Report on vaccination in Madras 1922-1929 - 1922-1929
Year: 1922
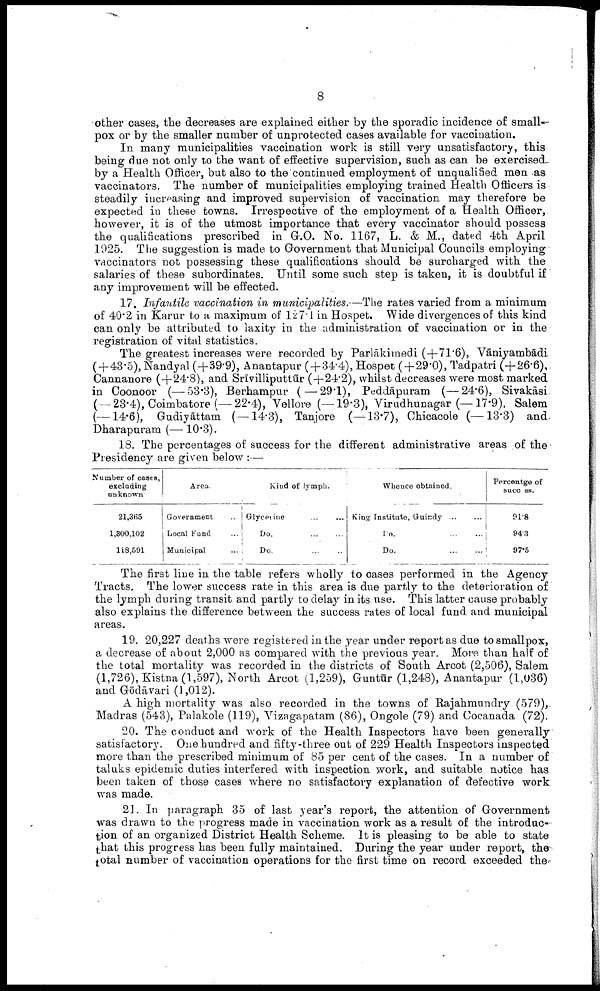
8
other cases, the decreases are explained either by the sporadic incidence of small
pox or by the smaller number of unprotected cases available for vaccination.
In many municipalities vaccination work is still very unsatisfactory, this
being due not only to the want of effective supervision, such as can be exercised
by a Health Officer, but also to the continued employment of unqualified men as
vaccinators. The number of municipalities employing trained Health Officers is
steadily increasing and improved supervision of vaccination may therefore be
expected in these towns. Irrespective of the employment of a Health Officer,
however, it is of the utmost importance that every vaccinator should possess
the qualifications prescribed in G.O. No. 1167, L. & M., dated 4th April
1925. The suggestion is made to Government that Municipal Councils employing
vaccinators not possessing these qualifications should be surcharged with the
salaries of these subordinates. Until some such step is taken, it is doubtful if
any improvement will be effected.
17. Infantile vaccination in municipalities.—The rates varied from a minimum
of 40.2 in Karur to a maximum of 127.1 in Hospet. Wide divergences of this kind
can only be attributed to laxity in the administration of vaccination or in the
registration of vital statistics.
The greatest increases were recorded by Parlākimedi (+71.6), Vāniyambādi
(+43.5),Nandyal ( + 39.9), Anantapur ( + 34.4), Hospet (+29.0), Tadpatri (+26.6),
Cannanore (+24.8), and Srīvilliputtūr (+24.2), whilst decreases were most marked
in Coonoor (—3.3), Berhampur (—9.1), Peddāpuram (—24.6), Sivakāsi
(-23.4), Coimbatore(-22.4), Vellore (-19.3), Virudhunagar (-17.9), Salem
(-14.6), Gudiyāttam (-14.3), Tanjore (-13.7), Chicacole (-13.3) and
Dharapuram (-10.3).
18. The percentages of success for the different administrative areas of the
Presidency are given below :—
Number of cases,
excluding
unknown
21,365
1,300,102
118,591
Area.
Government ...
Local Fund ...
Municipal ...
Kind of lymph.
Glycerine ... ...
Do.
...
...
Do. ... ...
Whence obtained.
King Institute, Guindy ... ...
Do.
...
...
Do.
...
...
Percentage of
success.
91.8
94.3
97.5
The first line in the table refers wholly to cases performed in the Agency
Tracts. The lower success rate in this area is due partly to the deterioration of
the lymph during transit and partly to delay in its use. This latter cause probably
also explains the difference between the success rates of local fund and municipal
areas.
19. 20,227 deaths were registered in the year under report as due to smallpox,
a decrease of about 2,000 as compared with the previous year. More than half of
the total mortality was recorded in the districts of South Arcot (2,506), Salem
(1,726), Kistna (1,597), North Arcot (1,259), Guntūr (1,248), Anantapur (1,036)
and Gōdāvari (1,012).
A high mortality was also recorded in the towns of Rajahmundry (579),
Madras (543), Palakole (119), Vizagapatam (86), Ongole (79) and Cocanada (72).
20. The conduct and work of the Health Inspectors have been generally
satisfactory. One hundred and fifty-three out of 229 Health Inspectors inspected
more than the prescribed minimum of 85 per cent of the cases. In a number of
taluks epidemic duties interfered with inspection work, and suitable notice has
been taken of those cases where no satisfactory explanation of defective work
was made.
21. In paragraph 35 of last year's report, the attention of Government
was drawn to the progress made in vaccination work as a result of the introduc
tion of an organized District Health Scheme. It is pleasing to be able to state
that this progress has been fully maintained. During the year under report, the
total number of vaccination operations for the first time on record exceeded the